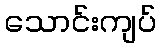
သောင်းကျပ်